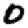
Digit: 0